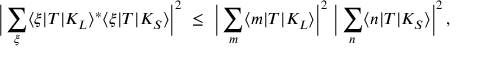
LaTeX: \Big | \sum _ { \xi } \langle \xi | T | K _ { L } \rangle ^ { * } \langle \xi | T | K _ { S } \rangle \Big | ^ { 2 } \ \leq \ \Big | \sum _ { m } \langle m | T | K _ { L } \rangle \Big | ^ { 2 } \ \Big | \sum _ { n } \langle n | T | K _ { S } \rangle \Big | ^ { 2 } \, ,